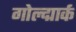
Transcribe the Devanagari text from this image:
गोल्द्मार्क